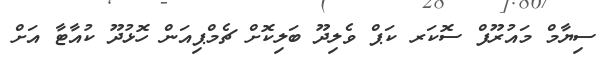
ސިޔާމް މައުރޫފް ސޮކަރ ކަޕް ވެލިދޫ ބަލިކޮށް ޗެމްޕިއަން ހޮޅުދޫ ކުއާޓާ އަށް